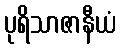
ပုရိသာဇာနီယံ